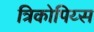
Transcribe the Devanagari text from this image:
त्रिकोपिय्स